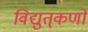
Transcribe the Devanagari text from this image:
विद्युत्‌कणों